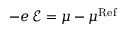
- e \, \mathcal { E } = \mu - \mu ^ { \mathrm { R e f } }